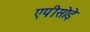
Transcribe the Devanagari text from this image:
एपीसोड़े